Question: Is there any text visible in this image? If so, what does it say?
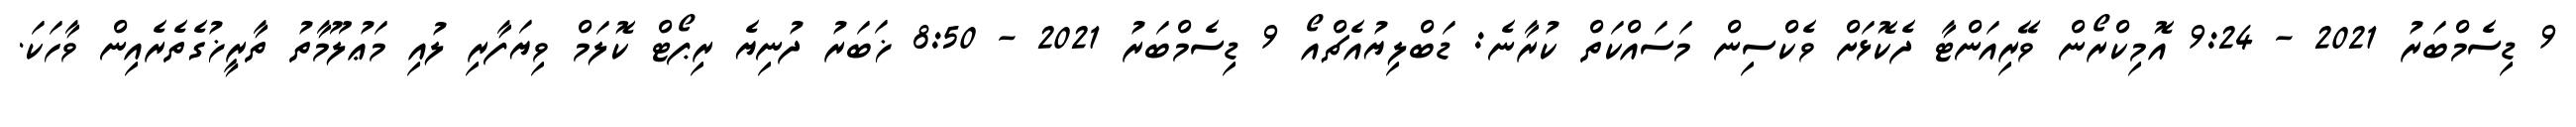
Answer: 9 ޑިސެމްބަރު 2021 - 9:24 އޮމިކްރޯން ވޭރިއަންޓާ ދެކޮޅަށް ވެކްސިން މަސައްކަތް ކުރާނެ: ޑަބްލިޔުއެޗްއޯ 9 ޑިސެމްބަރު 2021 - 8:50 ޚަބަރު ދުނިޔެ ރިޕޯޓް ކޮލަމް ވިޔަފާރި ލުއި މަޢުލޫމާތު ތާރީޚުގެތެރެއިން ވާހަކަ.